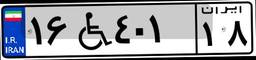
۱۶W۴۰۱۱۸